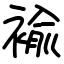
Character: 褕